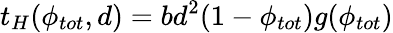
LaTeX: t_{H}(\phi_{tot},d)=bd^{2}(1-\phi_{tot})g(\phi_{tot})